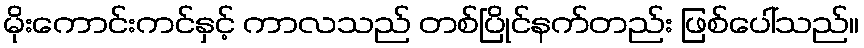
မိုးကောင်းကင်နှင့် ကာလသည် တစ်ပြိုင်နက်တည်း ဖြစ်ပေါ်သည်။